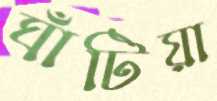
ঘাঁটিয়া